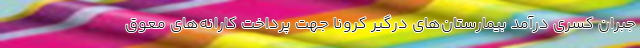
جبران کسری درآمد بیمارستان‌های درگیر کرونا جهت پرداخت کارانه‌های معوق